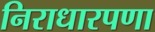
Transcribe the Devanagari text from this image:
निराधारपणा